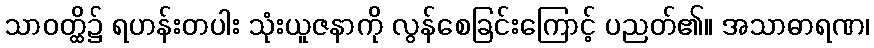
သာဝတ္ထိ၌ ရဟန်းတပါး သုံးယူဇနာကို လွန်စေခြင်းကြောင့် ပညတ်၏။ အသာဓာရဏ၊